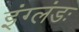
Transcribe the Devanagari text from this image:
इंग्लंडः